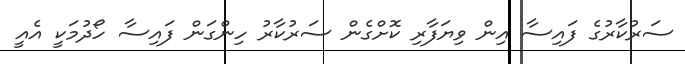
ސަރުކާރުގެ ފައިސާ އިން ވިޔަފާރި ކޮށްގެން ސަރުކާރު ހިންގަން ފައިސާ ހޯދުމަކީ އެއީ